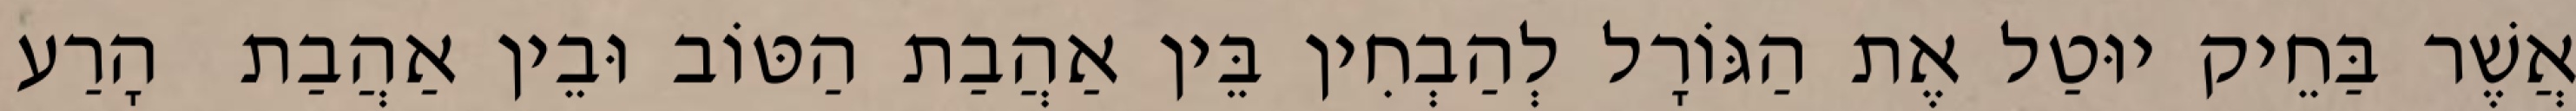
אֲשֶׁר בַּחֵיק יוּטַל אֶת הַגּוֹרָל לְהַבְחִין בֵּין אַהֲבַת הַטּוֹב וּבֵין אַהֲבַת  הָרַע